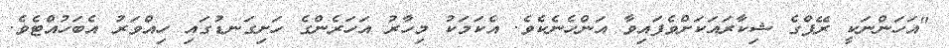
"އަހަންނަކީ ރޭޕްގެ ޝިކާރައަކަށްވެފައިވާ އަންހެނެކެވެ. އެކަމަކު މިހާރު އަހަރެންގެ ހަށިގަނޑުގައި ހިއްވަރު އެބަހުއްޓެވެ.